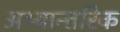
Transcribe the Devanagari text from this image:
अभ्यान्तरिक